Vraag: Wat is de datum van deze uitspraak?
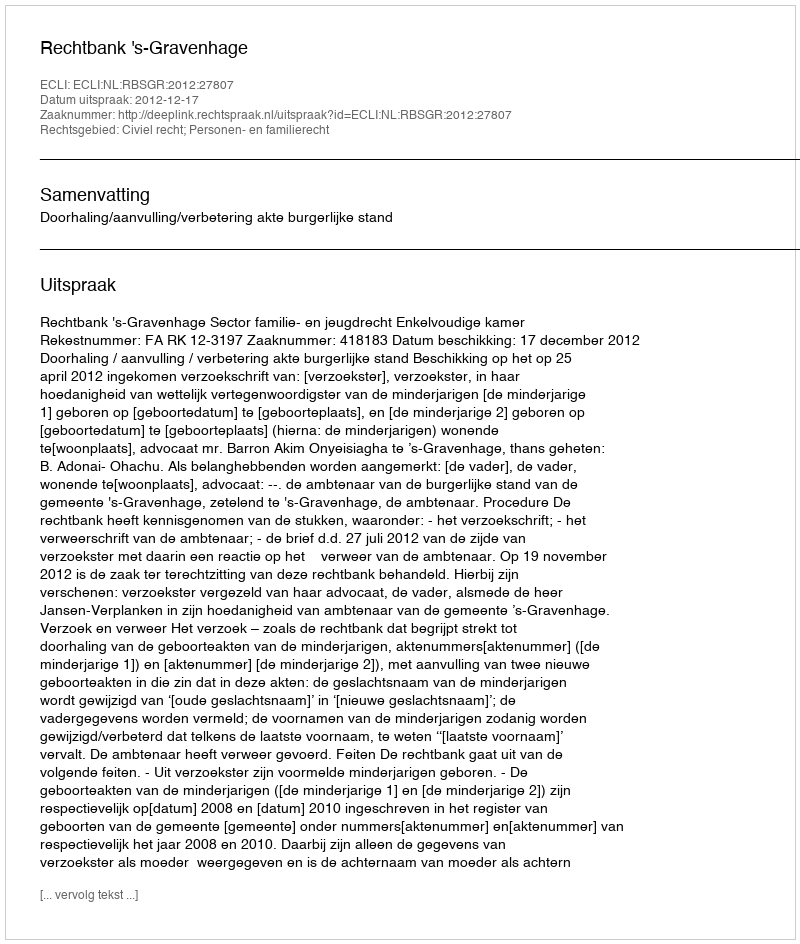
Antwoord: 2012-12-17